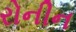
રોનીન